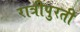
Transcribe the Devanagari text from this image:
रात्रीपुरती